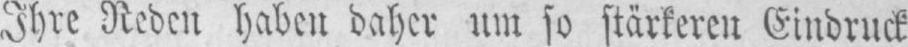
Ihre Reben haben daher um so stärkeren Eindruck